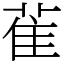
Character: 雈